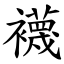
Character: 襪